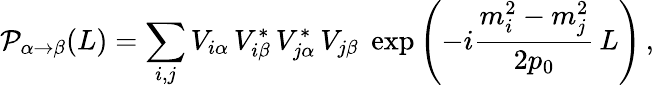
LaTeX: {\cal P}_{\alpha\to\beta}(L)=\sum_{i,j}V_{i\alpha}\, V_{i\beta}^{*}\, V_{j\alpha}^{*}\, V_{j\beta}\; \exp\left(-i\frac{m_{i}^{2}-m_{j}^{2}}{2p_{0}}\, L\right)\, ,